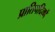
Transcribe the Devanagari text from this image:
प्रातिपदिकों